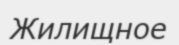
Жилищное